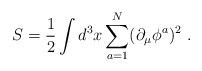
\begin{align*}S = {1\over 2}\int d^3 x \sum_{a=1}^N (\partial_\mu \phi^a)^2\ .\end{align*}